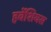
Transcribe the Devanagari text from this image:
हर्बेशियस